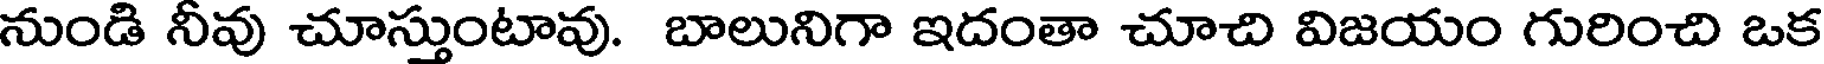
నుండి నీవు చూస్తుంటావు. బాలునిగా ఇదంతా చూచి విజయం గురించి ఒక